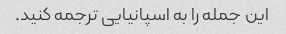
این جمله را به اسپانیایی ترجمه کنید.